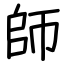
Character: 師